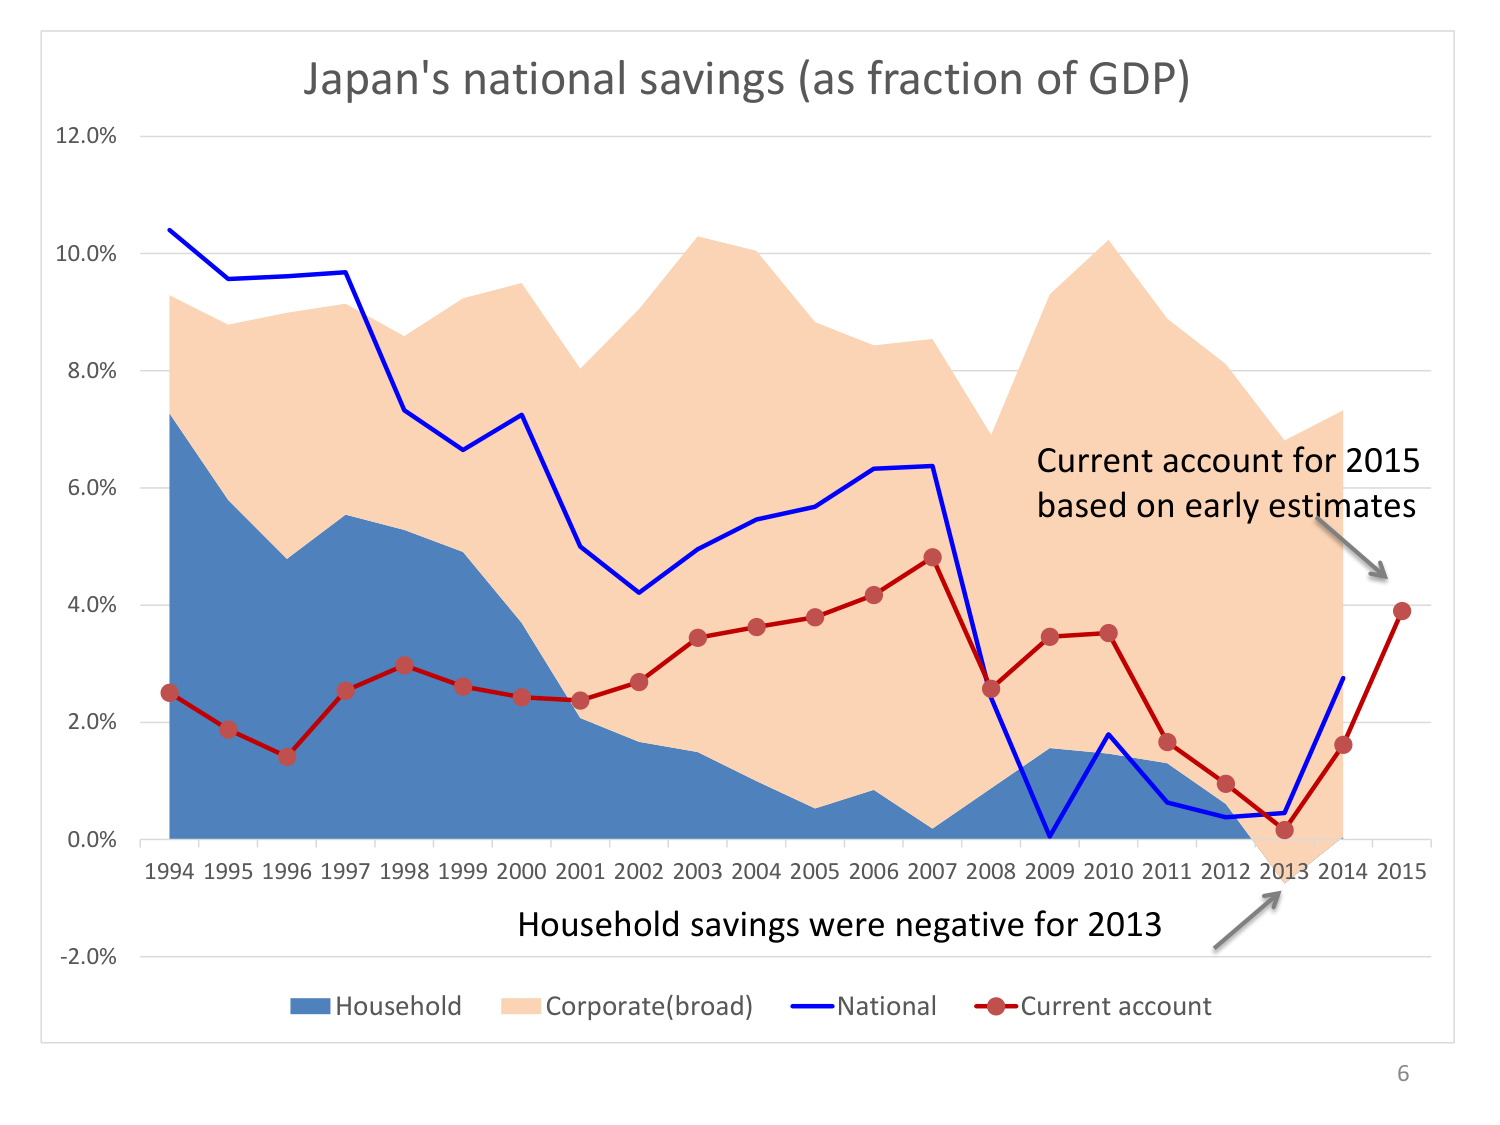
Japan's national savings (as fraction of GDP)
12.0%
10.0%
8.0%
6.0%
4.0%
2.0%
0.0%
-2.0%
1994 1995 1996 1997 1998 1999 2000 2001 2002 2003 2004 2005 2006 2007 2008 2009 2010 2011 2012 2013 2014 2015
Current account for 2015
based on early estimates
Household savings were negative for 2013
Household
Corporate(broad)
National
Current account
6